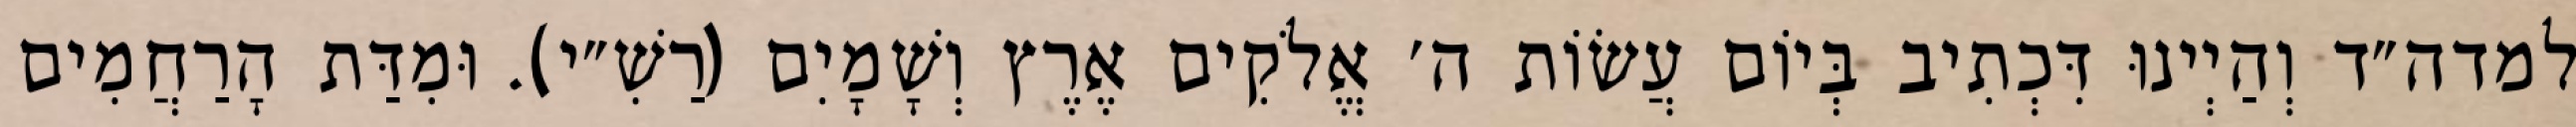
למדה״ד וְהַיְינוּ דִּכְתִיב בְּיוֹם עֲשׂוֹת ה׳ אֱלֹקִים אֶרֶץ וְשָׁמָיִם (רַשִׁ״י). וּמִדַּת הָרַחֲמִים